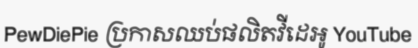
PewDiePie ប្រកាសឈប់ផលិតវីដេអូ YouTube